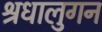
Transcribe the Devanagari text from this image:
श्रधालुगन